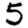
Digit: 5